Report of the King Institute of Preventive Medicine, Guindy
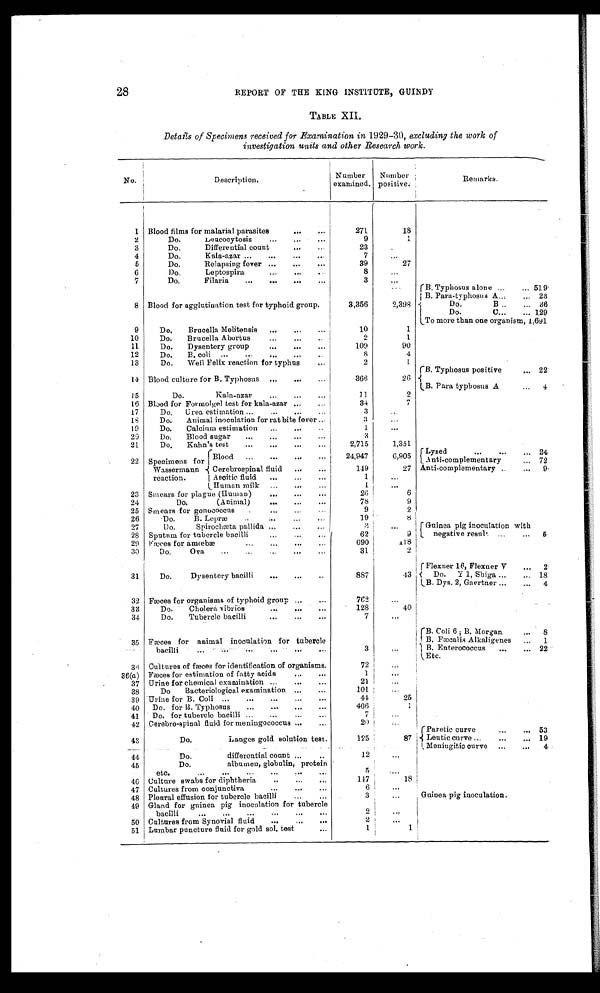
28
REPORT OF THE KING INSTITUTE, GUINDY
TABLE XII.
Details of Specimens received for Examination in 1929-30, excluding the work of
investigation units and other Research work.
No.
Description.
Number
examined.
Number
positive.
Remarks.
1 Blood films for malarial parasites
... ...
271
18
2
Do. Leucocytosis
...
... ...
9
1
3
Do. Differential count
... ...
23
.
4
Do. Kala-azar ...
...
...
...
7
...
5
Do. Relapsing fever ...
...
...
39
27
6
Do.
Leptospira
...
...
8
. . .
7
Do.
Filaria
3
...
. . . B. Typhosus alone ...
519
B. Para-typhosus A... ... 23
8 Blood for agglutination test for typhoid group.
3,356
2,398
Do.
B ..
... 36
Do.
C...
...
129
To more than one organism,
1,691
9
Do. Brucella Melitensis ...
10
1
10
Do.
Brucella Abortus
... ... ..
2
1
11
Do.
Dysentery group
... ... ...
109
90
12
Do.
B. coli ...
...
... ...
8
4
13
Do.
Weil Felix reaction for typhus
...
2
1
B. Typhosus positive
... 22
14 Blood culture for B. Typhosus
...
... ...
366
26
B. Para typhosus A
...
4
15
Do.
Kala-azar
...
...
...
11
2
16 Blood for Formolgel test for kala-azar ... ...
34
7
17
Do.
Urea estimation ...
...
...
...
3
. . .
18
Do.
Animal inoculation for rat bite fever ...
3
. . .
19
Do.
Calcium estimation
...
...
..
1
...
20
Do.
Blood sugar
...
... ...
3
21
Do.
Kahn's test
...
...
... ...
2,715
1,351
22 Specimens for Blood
... ... ... ...
24,947
6,905
Lysed
. . .
2 4
Anti-complementary
... 72
Wassermann
Cerebrospinal fluid
...
...
149
27 Anti-complementary ..
...9
reaction.
Ascitic fluid
...
...
...
1
Human milk ... ... ...
1
. . .
23 Smears for plague (Human)
... ... ...
26
6
24
Do.
(Animal)
...
...
...
78
9
25 Smears for gonococcus
9
2
26
Do.
B. Lepræ
..
... ... ...
19
8
27
Do.
Spirochæta pallida ...
...
...
3 .
. .
Guinea pig inoculation with
28 Sputum for tubercle bacilli
62
9
negative result ... ... 5
29 Fæces for amœbæ
..
... ...
690
118
30 Do. Ova. ... ... ... ... ...
31
2
Flexner 16, Flexner V
...
2
31
Do.
Dysentery bacilli
...
... ..
887
43
Do.
Y 1, Shiga ...
...
18
B. Dys. 2, Gaertner ...
...
4
32 Fæces for organisms of typhoid group ...
762
...
33
Do. Cholera vibriös
...
...
128
40
34
Do.
Tubercle bacilli
... ...
...
7
...
B. Coli 6 ; B. Morgan
...
8
35 Fæces for animal inoculation for tubercle
B. Fæcalis Alkaligenes ... 1
bacilli
3
...
B. Enterococcus...
...
22
Etc.
3 6 Cultures of fæces for identification of organisms.
72
. . .
36(a) Fæces for estimation of fatty acids
... ...
1
...
37 Urine for chemical examination ...
...
...
21
...
38
Do
Bacteriological examination ... ...
101
. . .
39 Urine for B. Coli ...
...
44
25
40
Do. for B. Typhoeus
...
... ...
406
1
41
Do. for tubercle bacilli ... ...
7
...
42 Cerebro-spìnal fluid for meningococous ...
20
. . .
Paretic curve
...
53
43
Do. Langes gold solution test.
1 2 5
87
Leutic curve ...
... ...19
Meningitic curve
...
... 4
44
Do.
differential count
12
...
45
Do.
albumen, globulin, protein
etc.
5
46 Culture swabs for diphtheria
..
...
147
18
47 Cultures from conjunctiva
...
...
...
6
. . .
48 Plenral effusion for tubercle bacilli
...
3
..
Guinea pig inoculation.
49 Gland for guinea pig inoculation for tubercle
bacilli
... .. ... ... .. ..
2
. . .
50 Cultures from Synovial fluid
...
... ...
2
. . .
51 Lumbar puncture fluid for gold sol. test
...
1
1